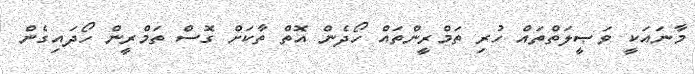
މާނައަކީ ވަޞީލަތްތައް ހުރި ތަމްރީންތައް ހޯދެން އޮތް ތާކަށް ގޮސް ތަމްރީން ހޯދައިގެން